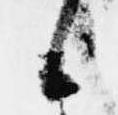
候